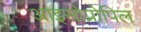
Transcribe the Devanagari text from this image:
आइसोप्रोपिल